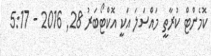
ކޮމެންޓް ކުރާތީ މައްސަލަ އަކީ އޮކްޓޯބަރު 28